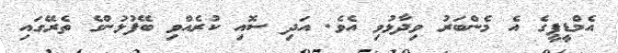
އެމްޑީޕީގެ އެ މެންބަރު ވިދާޅުވި އެވެ. އަދި ސޮއި ކުރެއްވި ބޭފުޅުންގެ ތެރޭގައި